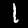
Digit: 1